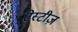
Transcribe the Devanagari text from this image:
टेस्टीज़